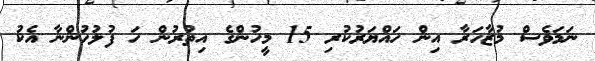
ނަމަވެސް މުޒާހަރާ އިން ހައްޔަރުކުރި 15 މީހުންގެ އިތުރުން ހަ ފުލުހުންނާ އެކު